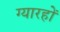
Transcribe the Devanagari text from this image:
ग्यारहों